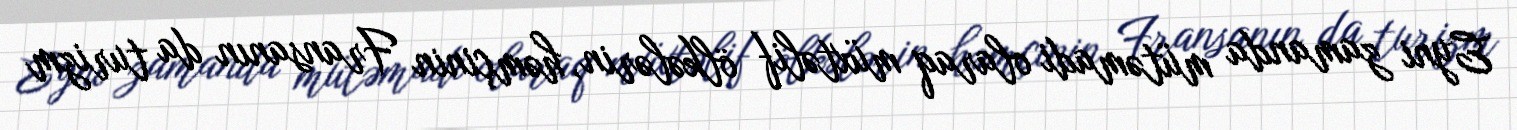
Eyni zamanda mütəmadi olaraq müxtəlif ölkələrin, həmçinin Fransanın da turizm